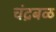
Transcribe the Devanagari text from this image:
चंद्रबळ